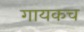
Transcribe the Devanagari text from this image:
गायकच